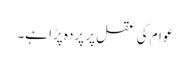
عوام کی عقل پر پردہ پڑا ہے۔